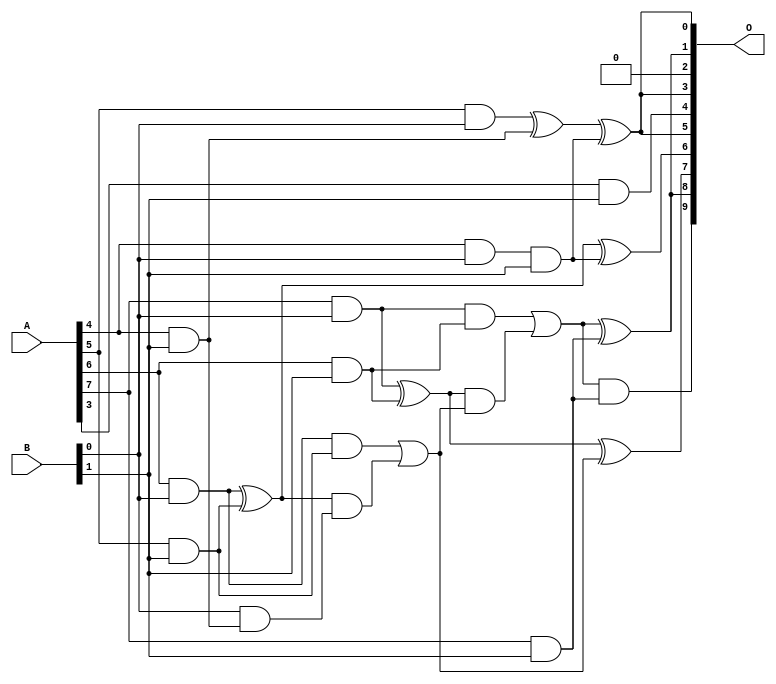
// This program was cloned from: https://github.com/ehw-fit/evoapproxlib
// License: MIT License

/***
* This code is a part of EvoApproxLib library (ehw.fit.vutbr.cz/approxlib) distributed under The MIT License.
* When used, please cite the following article(s): V. Mrazek, L. Sekanina, Z. Vasicek "Libraries of Approximate Circuits: Automated Design and Application in CNN Accelerators" IEEE Journal on Emerging and Selected Topics in Circuits and Systems, Vol 10, No 4, 2020 
* This file contains a circuit from a sub-set of pareto optimal circuits with respect to the pwr and mae parameters
***/
// MAE% = 0.68 %
// MAE = 7.0 
// WCE% = 3.03 %
// WCE = 31 
// WCRE% = 100.00 %
// EP% = 71.78 %
// MRE% = 11.78 %
// MSE = 105 
// PDK45_PWR = 0.014 mW
// PDK45_AREA = 53.0 um2
// PDK45_DELAY = 0.39 ns

module mul8x2u_0A3 (
    A,
    B,
    O
);

input [7:0] A;
input [1:0] B;
output [9:0] O;

wire sig_12,sig_15,sig_16,sig_17,sig_21,sig_22,sig_23,sig_24,sig_25,sig_39,sig_43,sig_44,sig_46,sig_48,sig_49,sig_50,sig_51,sig_52,sig_53,sig_54;
wire sig_55,sig_56,sig_57,sig_58,sig_59;

assign sig_12 = A[4] & B[0];
assign sig_15 = A[5] & B[0];
assign sig_16 = A[6] & B[0];
assign sig_17 = A[7] & B[0];
assign sig_21 = A[3] & B[1];
assign sig_22 = A[4] & B[1];
assign sig_23 = A[5] & B[1];
assign sig_24 = A[6] & B[1];
assign sig_25 = A[7] & B[1];
assign sig_39 = sig_12 & B[1];
assign sig_43 = sig_15 ^ sig_22;
assign sig_44 = B[0] & sig_22;
assign sig_46 = sig_43 ^ sig_39;
assign sig_48 = sig_16 ^ sig_23;
assign sig_49 = sig_16 & sig_23;
assign sig_50 = sig_48 & sig_44;
assign sig_51 = sig_48 ^ sig_39;
assign sig_52 = sig_49 | sig_50;
assign sig_53 = sig_17 ^ sig_24;
assign sig_54 = sig_17 & sig_24;
assign sig_55 = sig_53 & sig_52;
assign sig_56 = sig_53 ^ sig_52;
assign sig_57 = sig_54 | sig_55;
assign sig_58 = sig_57 & sig_25;
assign sig_59 = sig_57 ^ sig_25;

assign O[9] = sig_58;
assign O[8] = sig_59;
assign O[7] = sig_56;
assign O[6] = sig_51;
assign O[5] = sig_46;
assign O[4] = sig_21;
assign O[3] = sig_46;
assign O[2] = 1'b0;
assign O[1] = sig_59;
assign O[0] = sig_46;

endmodule